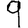
Digit: 9